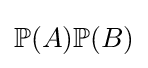
\mathbb {P} (A)\mathbb {P} (B)